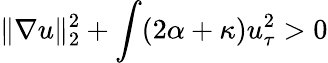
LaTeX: \| \nabla u\| _{2}^{2}+\int(2\alpha+\kappa)u_{\tau}^{2}>0